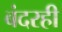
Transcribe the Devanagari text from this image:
बंदरही